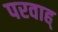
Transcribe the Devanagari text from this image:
परवाह्